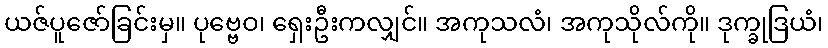
ယဇ်ပူဇော်ခြင်းမှ။ ပုဗ္ဗေဝ၊ ရှေးဦးကလျှင်။ အကုသလံ၊ အကုသိုလ်ကို။ ဒုက္ခုဒြယံ၊